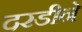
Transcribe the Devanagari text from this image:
दरडीने